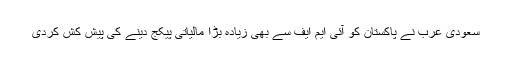
سعودی عرب نے پاکستان کو آئی ایم ایف سے بھی زیادہ بڑا مالیاتی پیکج دینے کی پیش کش کردی